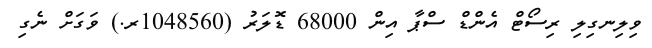
ވިލިނގިލި ރިސޯޓް އެންޑް ސްޕާ އިން 68000 ޑޮލަރު (1048560ރ.) ވަގަށް ނެގި